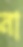
না